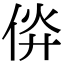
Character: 㑞